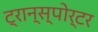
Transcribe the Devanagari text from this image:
ट्रान्स्पोर्टर